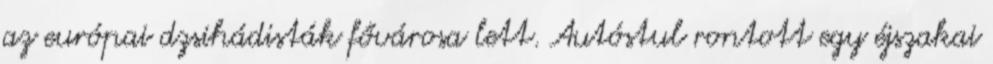
az európai dzsihádisták fővárosa lett. Autóstul rontott egy éjszakai